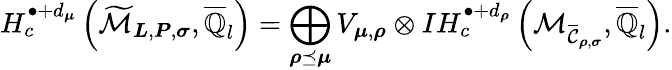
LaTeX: H_{c}^{\bullet+d_{\boldsymbol{\mu}}}\left(\widetilde{\mathcal{M}}_{\boldsymbol{L},\boldsymbol{P},\boldsymbol{\sigma}},\overline{{\mathbb{Q}}}_{l}\right)=\bigoplus_{\boldsymbol{\rho}\preceq\boldsymbol{\mu}}V_{\boldsymbol{\mu},\boldsymbol{\rho}}\otimes IH_{c}^{\bullet+d_{\boldsymbol{\rho}}}\left({\mathcal{M}_{\overline{{\mathcal{C}}}_{\boldsymbol{\rho},\boldsymbol{\sigma}}}},\overline{{\mathbb{Q}}}_{l}\right).